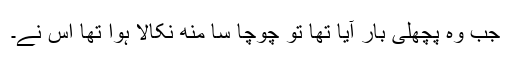
جب وہ پچھلی بار آیا تھا تو چوچا سا مُنھ نکالا ہوا تھا اس نے۔